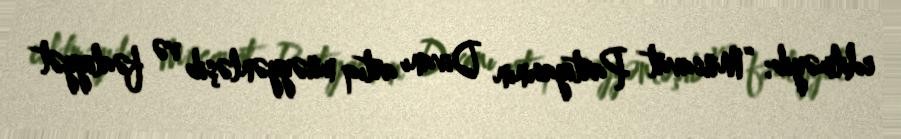
edilməyib: “Müsavat Partiyasının Divanı artıq müəyyənləşib və fəaliyyət